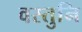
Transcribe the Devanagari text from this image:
वस्तुनि